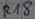
Text: R18